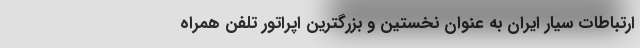
ارتباطات سیار ایران به عنوان نخستین و بزرگترین اپراتور تلفن همراه